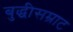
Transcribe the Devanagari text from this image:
बुद्धीसम्राट